Note on the mental hospitals in Burma - 1925-1940
Year: 1925
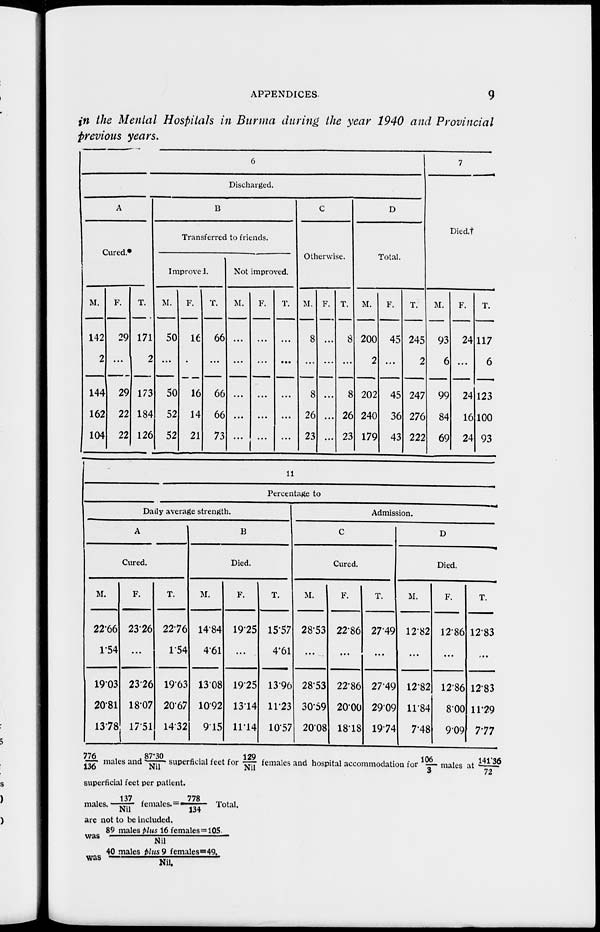
APPENDICES.
9
in the Mental Hospitals in Burma during the year 1940 and Provincial
previous years.
6
Discharged.
A
Cured.
M.
142
2
144
162
104
F.
29
...
29
22
22
T.
171
2
173
184
126
B
Transferred to friends.
Improve.
M.
50
...
50
52
52
F.
16
...
16
14
21
T.
66
...
66
66
73
Not improved.
M.
...
...
...
...
...
F.
...
...
...
...
...
T.
...
...
...
...
...
C
Otherwise.
M.
8
...
8
26
23
F.
...
...
...
...
...
T.
8
...
8
26
23
D
Total.
M.
200
2
202
240
179
F.
45
...
45
36
43
T.
245
2
247
276
222
7
Died.†
M.
93
6
99
84
69
F.
24
...
24
16
24
T.
117
6
123
100
93
11
Percentage to
Daily average strength.
A
M.
22.66
1.54
19.03
20.81
13.78
Cured.
F.
23.26
...
23.26
18.07
17.51
T.
22.76
1.54
19.63
20.67
14.32
B
Died.
M.
14.84
4.61
13.08
10.92
9.15
F.
19.25
...
19.25
13.14
11.14
T.
15.57
4.61
13.96
11.23
10.57
Admission.
C
Cured.
M.
28.53
...
28.53
30.59
20.08
F.
22.86
...
22.86
20.00
18.18
T.
27.49
...
27.49
29.09
19.74
D
Died.
M.
12.82
...
12.82
11.84
7.48
F.
12.86
...
12.86
8.00
9.09
T.
12.83
...
12.83
11.29
7.77
776/136 males and 87.30/Nil superficial feet for 129/Nil females and hospital accommodation for 106/3 males at 141.36/72
superficial feet per patient.
males.137/Nil females.=778/134 Total.
are not to be included.
was 89 males plus 16 females=105./Nil
was 40 males plus 9females=49./Nil.